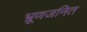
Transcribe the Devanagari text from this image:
भ्रूणजनित